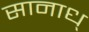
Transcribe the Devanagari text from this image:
सानाध्